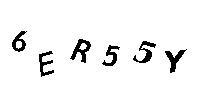
6ER55Y